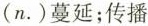
(n.)蔓延；传播